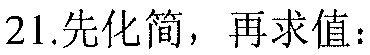
21.先化简，再求值：